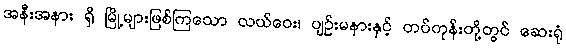
အနီးအနား ရှိ မြို့များဖြစ်ကြသော လယ်ဝေး၊ ပျဉ်းမနားနှင့် တပ်ကုန်းတို့တွင် ဆေးရုံ